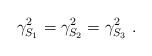
LaTeX: \begin{align*}\gamma_{S_1}^2=\gamma_{S_2}^2=\gamma_{S_3}^2~.\end{align*}